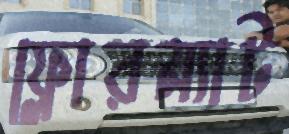
ফ্লোরম্যাট